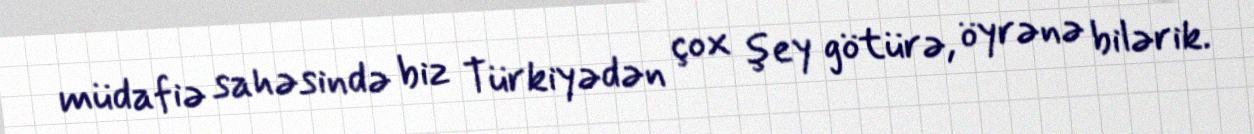
müdafiə sahəsində biz Türkiyədən çox şey götürə, öyrənə bilərik.